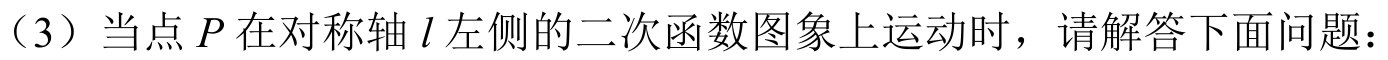
（3）当点 \(P\) 在对称轴 \(l\) 左侧的二次函数图象上运动时，请解答下面问题：